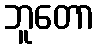
ဘူတော